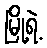
မြို့ရဲ့